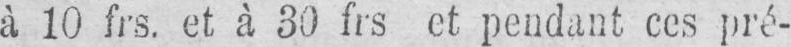
à 10 frs. et à 30 frs et pendant ces pré-